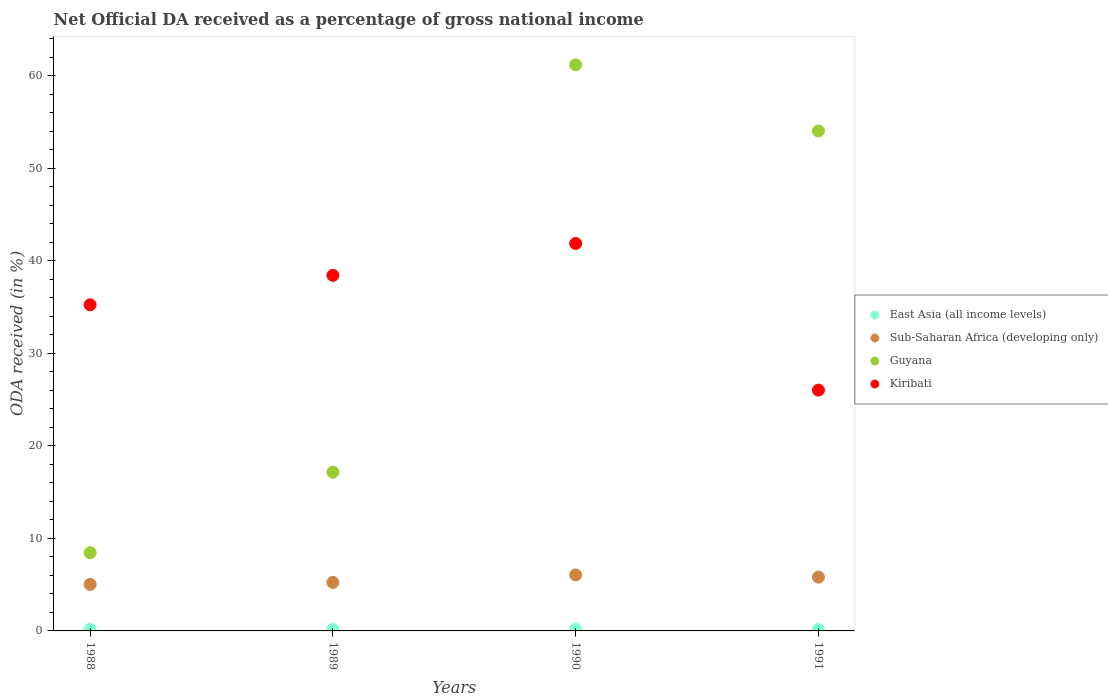
| Years | East Asia (all income levels) | Sub-Saharan Africa (developing only) | Guyana | Kiribati |
 | --- | --- | --- | --- | --- |
 | 1988 | 0.169 | 5.03 | 8.45 | 35.2 |
 | 1989 | 0.17 | 5.24 | 17.2 | 38.4 |
 | 1990 | 0.179 | 6.05 | 61.2 | 41.9 |
 | 1991 | 0.152 | 5.81 | 54 | 26 |